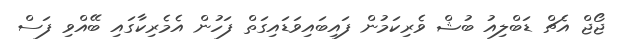
ޖޯޖް އެޗް ޑަބްލިއު ބުޝް ވެރިކަމުން ފައިބައިވަޑައިގަތް ފަހުން އެމެރިކާގައި ބޭއްވި ފަސް